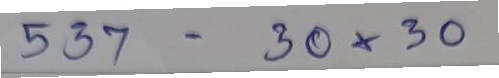
537 - 30x30